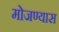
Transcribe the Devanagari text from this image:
मोजण्यास